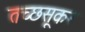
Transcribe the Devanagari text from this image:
तच्छसूकर